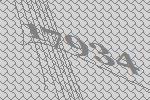
17934